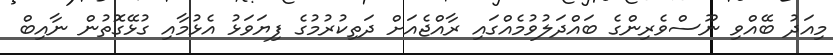
މިއަދު ބޭއްވި ނޫސްވެރިންގެ ބައްދަލުވުމެއްގައި ރާއްޖެއަށް ދަތިކުރުމުގެ ފިޔަވަޅު އެޅުމާއި ގުޅޭގޮތުން ނާއިބް